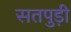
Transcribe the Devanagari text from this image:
सतपुड़ी